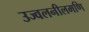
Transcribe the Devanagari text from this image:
उज्वलनीलमणि